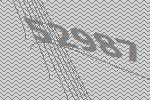
52987